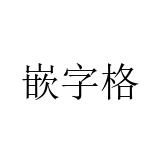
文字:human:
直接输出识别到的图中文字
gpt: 嵌字格